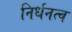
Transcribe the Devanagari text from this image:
निर्धनत्व